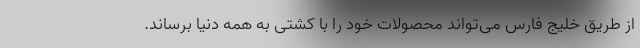
از طریق خلیج فارس می‌تواند محصولات خود را با کشتی به همه دنیا برساند.